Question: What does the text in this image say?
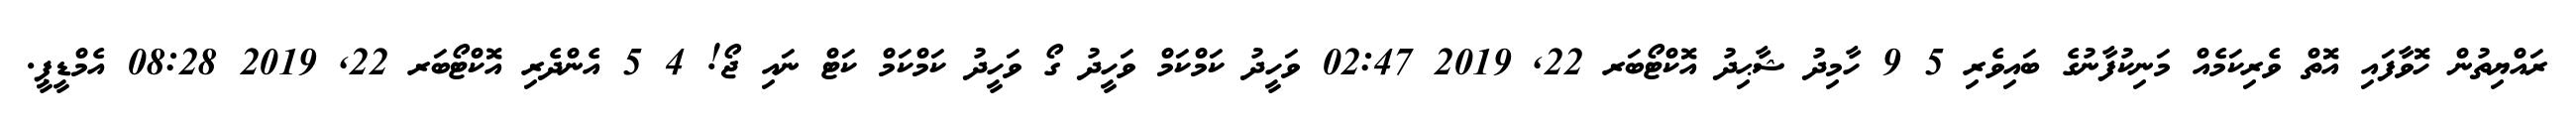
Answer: ރައްޔިތުން ހޮވާފައި އޮތް ވެރިކަމެއް މަނިކުފާނުގެ ބައިވެރި 5 9 ހާމިދު ޝާޙިދު އޮކްޓޯބަރ 22, 2019 02:47 ވަހީދު ކަމްކަމް ވަހީދު ގޯ ވަހީދު ކަމްކަމް ކަޓް ނައި ޖޯ! 4 5 އެންދެރި އޮކްޓޯބަރ 22, 2019 08:28 އެމްޑީޕީ.